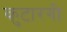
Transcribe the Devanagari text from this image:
कुटारगी